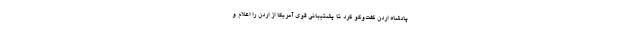
پادشاه اردن گفت‌و‌گو کرد تا پشتیبانی قوی آمریکا از اردن را اعلام و